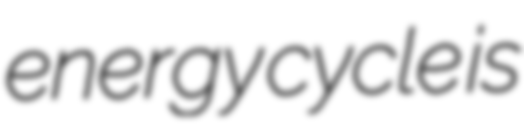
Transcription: energy cycle is